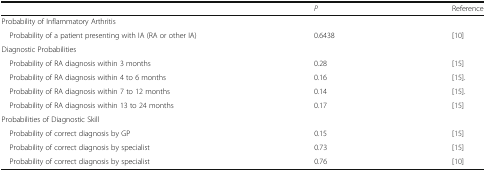
<table><thead><tr><td></td><td><b><i>P</i></b></td><td><b>Reference</b></td></tr></thead><tbody><tr><td colspan="3">Probability of Inflammatory Arthritis</td></tr><tr><td> Probability of a patient presenting with IA (RA or other IA)</td><td>0.6438</td><td>[10]</td></tr><tr><td colspan="3">Diagnostic Probabilities</td></tr><tr><td> Probability of RA diagnosis within 3 months</td><td>0.28</td><td>[15]</td></tr><tr><td> Probability of RA diagnosis within 4 to 6 months</td><td>0.16</td><td>[15].</td></tr><tr><td> Probability of RA diagnosis within 7 to 12 months</td><td>0.14</td><td>[15].</td></tr><tr><td> Probability of RA diagnosis within 13 to 24 months</td><td>0.17</td><td>[15]</td></tr><tr><td colspan="3">Probabilities of Diagnostic Skill</td></tr><tr><td> Probability of correct diagnosis by GP</td><td>0.15</td><td>[15]</td></tr><tr><td> Probability of correct diagnosis by specialist</td><td>0.73</td><td>[15]</td></tr><tr><td> Probability of correct diagnosis by specialist</td><td>0.76</td><td>[10]</td></tr></tbody></table>